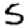
Digit: 5